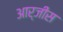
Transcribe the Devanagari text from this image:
आर्जीस